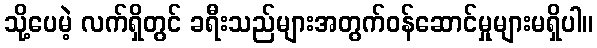
သို့ပေမဲ့ လက်ရှိတွင် ခရီးသည်များအတွက်ဝန်ဆောင်မှုများမရှိပါ။